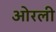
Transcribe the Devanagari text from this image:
ओरली